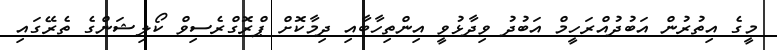
މީގެ އިތުރުން އަބުދުއްރަހީމް އަބުދު ވިދާޅުވީ އިންތިހާބާއި ދިމާކޮށް ޕްރޮގްރެސިވް ކޯލިޝަންގެ ތެރޭގައި